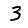
Digit: 3